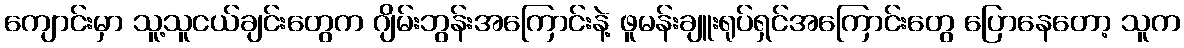
ကျောင်းမှာ သူ့သူငယ်ချင်းတွေက ဂျိမ်းဘွန်းအကြောင်းနဲ့ ဖူမန်းချူးရုပ်ရှင်အကြောင်းတွေ ပြောနေတော့ သူက